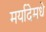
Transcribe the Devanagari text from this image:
मर्यादेमधे